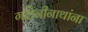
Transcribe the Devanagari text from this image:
गहिनीनाथांना